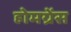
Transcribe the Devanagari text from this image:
होमग्रेंस